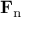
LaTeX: \mathbf { F } _ { \mathrm { n } }